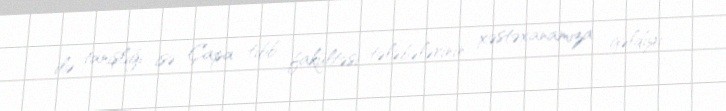
ilə tanışlığı isə Çapa tibb fakültəsi tələbələrinin xəstəxanamıza gəldiyi